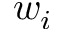
w _ { i }